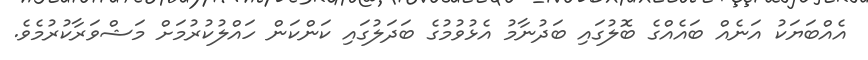
އެއްބަޔަކު އަނެއް ބައެއްގެ ބޮލުގައި ބަދުނާމު އެޅުވުމުގެ ބަދަލުގައި ކަންކަން ހައްލުކުރުމަށް މަޝްވަރާކުރުމެވެ.